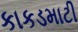
કાકડમાટી